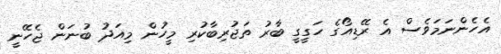
އެހެންނަމަވެސް އެ ރޭޑިއޯގެ ހަގީގީ ބާރު ތަޖުރިބާކުރި މީހުން މިއަދު ބުނަން ޖެހޭނީ